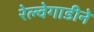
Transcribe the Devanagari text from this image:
रेल्वेगाडीने